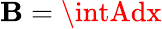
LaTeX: \textstyle\mathbf{B}=\intAdx